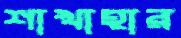
শাখাহার